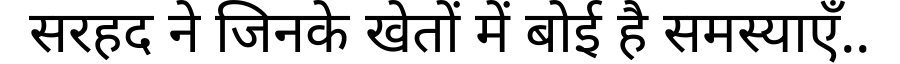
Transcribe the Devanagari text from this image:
सरहद ने जिनके खेतों में बोई है समस्याएँ..